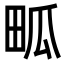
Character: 畖